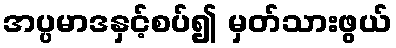
အပ္ပမာဒနှင့်စပ်၍ မှတ်သားဖွယ်